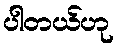
ပါတယ်ဟု